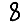
Digit: 8